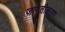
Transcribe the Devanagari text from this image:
जागृतीकरण